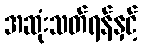
အဆုံးသတ်ရန်နှင့်